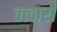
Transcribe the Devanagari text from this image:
तत्वारी